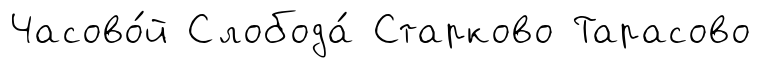
Часово́й Слобода́ Старково Тарасово